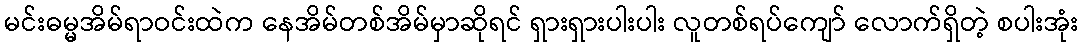
မင်းဓမ္မအိမ်ရာဝင်းထဲက နေအိမ်တစ်အိမ်မှာဆိုရင် ရှားရှားပါးပါး လူတစ်ရပ်ကျော် လောက်ရှိတဲ့ စပါးအုံး